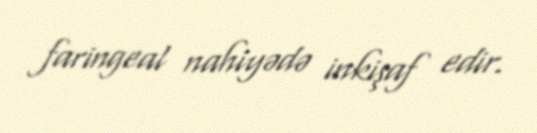
faringeal nahiyədə inkişaf edir.